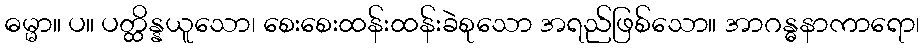
ဓမ္မာ။ ပ။ ပတ္ထိန္နယူသော၊ စေးစေးထန်းထန်းခဲစုသော အရည်ဖြစ်သော။ အာဂန္ဓနာကာရော၊